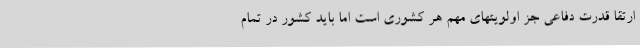
ارتقا قدرت دفاعی جز اولویتهای مهم هر کشوری است اما باید کشور در تمام